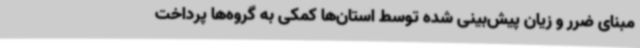
مبنای ضرر و زیان پیش‌بینی شده توسط استان‌ها کمکی به گروه‌ها پرداخت